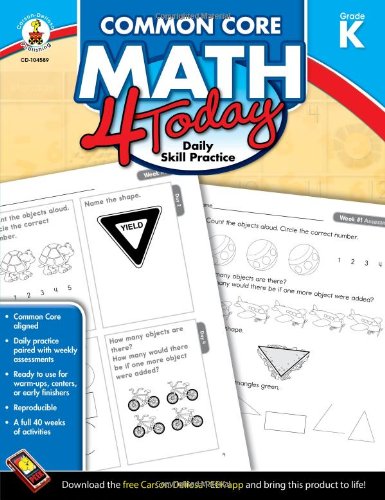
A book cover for Common Core Math 4 Today, Grade K: Daily Skill Practice (Common Core 4 Today); Erin McCarthy; Education & Teaching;